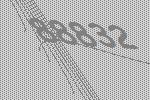
88832